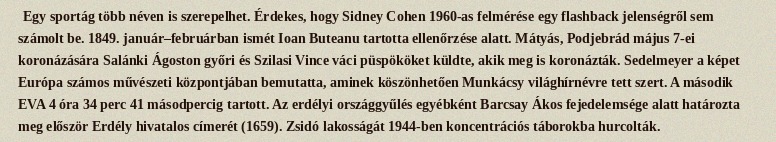
Egy sportág több néven is szerepelhet. Érdekes, hogy Sidney Cohen 1960-as felmérése egy flashback jelenségről sem számolt be. 1849. január–februárban ismét Ioan Buteanu tartotta ellenőrzése alatt. Mátyás, Podjebrád május 7-ei koronázására Salánki Ágoston győri és Szilasi Vince váci püspököket küldte, akik meg is koronázták. Sedelmeyer a képet Európa számos művészeti központjában bemutatta, aminek köszönhetően Munkácsy világhírnévre tett szert. A második EVA 4 óra 34 perc 41 másodpercig tartott. Az erdélyi országgyűlés egyébként Barcsay Ákos fejedelemsége alatt határozta meg először Erdély hivatalos címerét (1659). Zsidó lakosságát 1944-ben koncentrációs táborokba hurcolták.